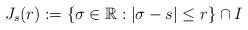
LaTeX: \begin{align*}J_{s}(r):=\left\{\sigma\in \mathbb{R}: |\sigma-s |\le r \right\}\cap I\end{align*}